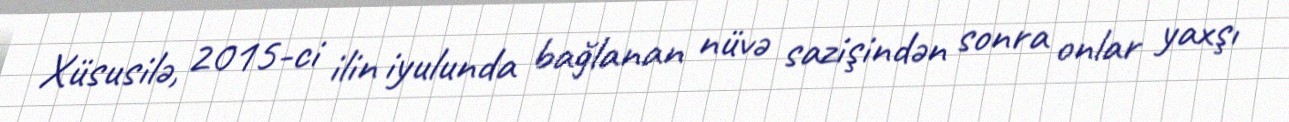
Xüsusilə, 2015-ci ilin iyulunda bağlanan nüvə sazişindən sonra onlar yaxşı